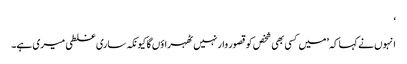
‘
انہوں نے کہا کہ ’میں کسی بھی شخص کو قصور وار نہیں ٹھہراؤں گا کیونکہ ساری غلطی میری ہے۔